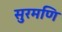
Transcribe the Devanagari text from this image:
सुरमणि